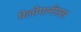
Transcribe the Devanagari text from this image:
पेलोपानीसस